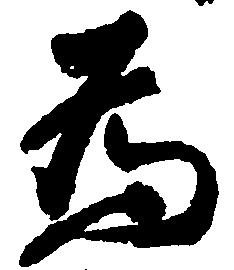
為